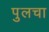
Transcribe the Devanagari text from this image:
पुलचा